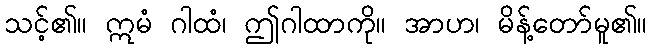
သင့်၏။ ဣမံ ဂါထံ၊ ဤဂါထာကို။ အာဟ၊ မိန့်တော်မူ၏။